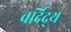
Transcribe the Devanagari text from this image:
वर्दिद्थ